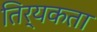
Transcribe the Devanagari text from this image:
तिर्यकता